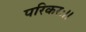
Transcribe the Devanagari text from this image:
परिकरः।।